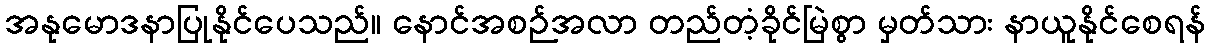
အနုမောဒနာပြုနိုင်ပေသည်။ နောင်အစဉ်အလာ တည်တံ့ခိုင်မြဲစွာ မှတ်သား နာယူနိုင်စေရန်